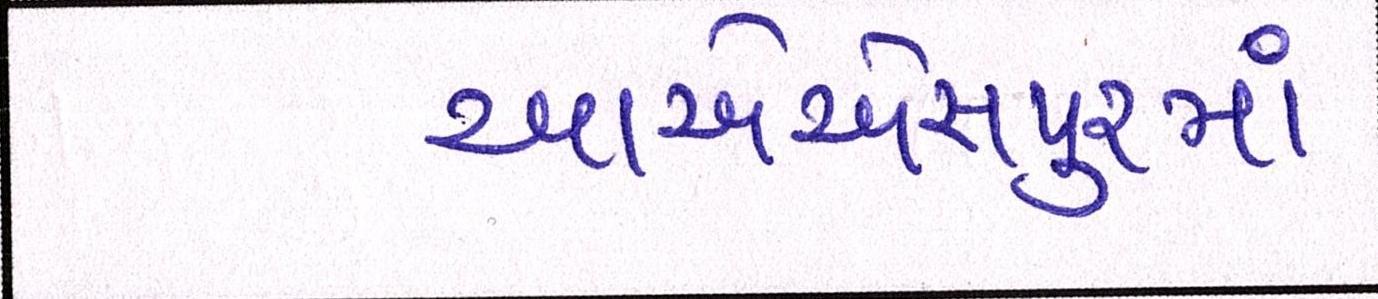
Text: આએએસપુરમાં